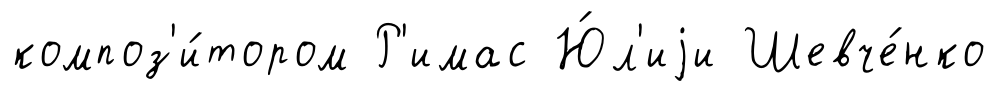
композ'и́тором Р'имас Ю́л'иjи Шевче́нко